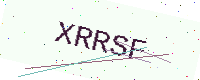
Text: XRRSF